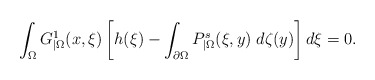
\begin{align*}\int_\Omega G^1_{|\Omega}(x,\xi)\left[h(\xi)-\int_{\partial\Omega}P^s_{|\Omega}(\xi,y)\;d\zeta(y)\right]d\xi =0.\end{align*}